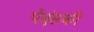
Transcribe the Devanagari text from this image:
पेंदंसकी